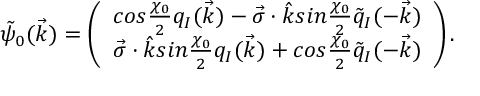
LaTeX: \tilde { \psi } _ { 0 } ( \vec { k } ) = \left( \begin{array} { c } { { c o s \frac { \chi _ { 0 } } { 2 } q _ { I } ( \vec { k } ) - \vec { \sigma } \cdot \hat { k } s i n \frac { \chi _ { 0 } } { 2 } \tilde { q } _ { I } ( - \vec { k } ) } } \\ { { \vec { \sigma } \cdot \hat { k } s i n \frac { \chi _ { 0 } } { 2 } q _ { I } ( \vec { k } ) + c o s \frac { \chi _ { 0 } } { 2 } \tilde { q } _ { I } ( - \vec { k } ) } } \end{array} \right) .